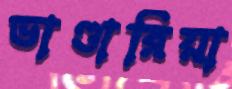
ভাণ্ডারিয়া